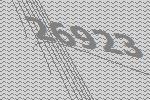
26923